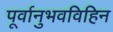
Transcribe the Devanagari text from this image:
पूर्वानुभवविहिन